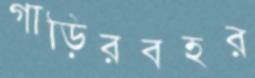
গাড়িরবহর